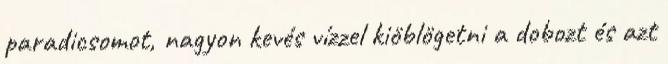
paradicsomot, nagyon kevés vízzel kiöblögetni a dobozt és azt